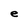
Character: e